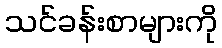
သင်ခန်းစာများကို